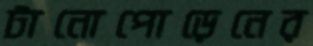
টানোপোড়েনের